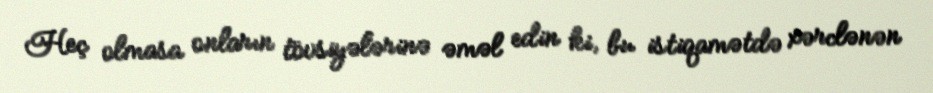
Heç olmasa onların tövsiyələrinə əməl edin ki, bu istiqamətdə xərclənən